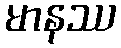
မာနဿ